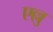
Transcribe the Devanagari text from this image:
एल्लु